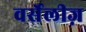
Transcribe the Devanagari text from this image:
वर्सेलीज़